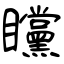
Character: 矘